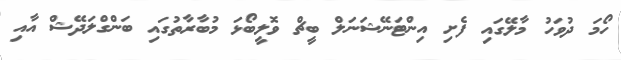
ހޯމަ ދުވަހު މާލޭގައި ފެށި އިންޓަނޭޝަނަލް ބީޗް ވޮލީބޯޅަ މުބާރާތުގައި ބަންގްލަދޭޝް އާއި